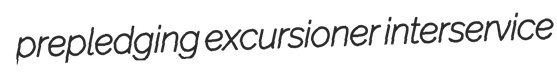
prepledging excursioner interservice